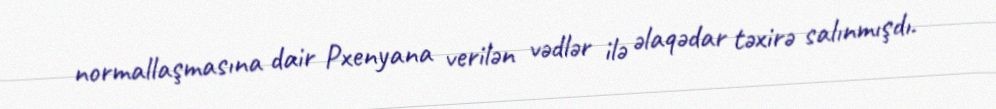
normallaşmasına dair Pxenyana verilən vədlər ilə əlaqədar təxirə salınmışdı.